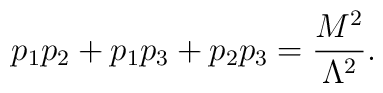
p_1p_2+p_1p_3+p_2p_3=\frac{M^2}{\Lambda ^2}.